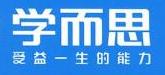
学而思
受益一生的能力